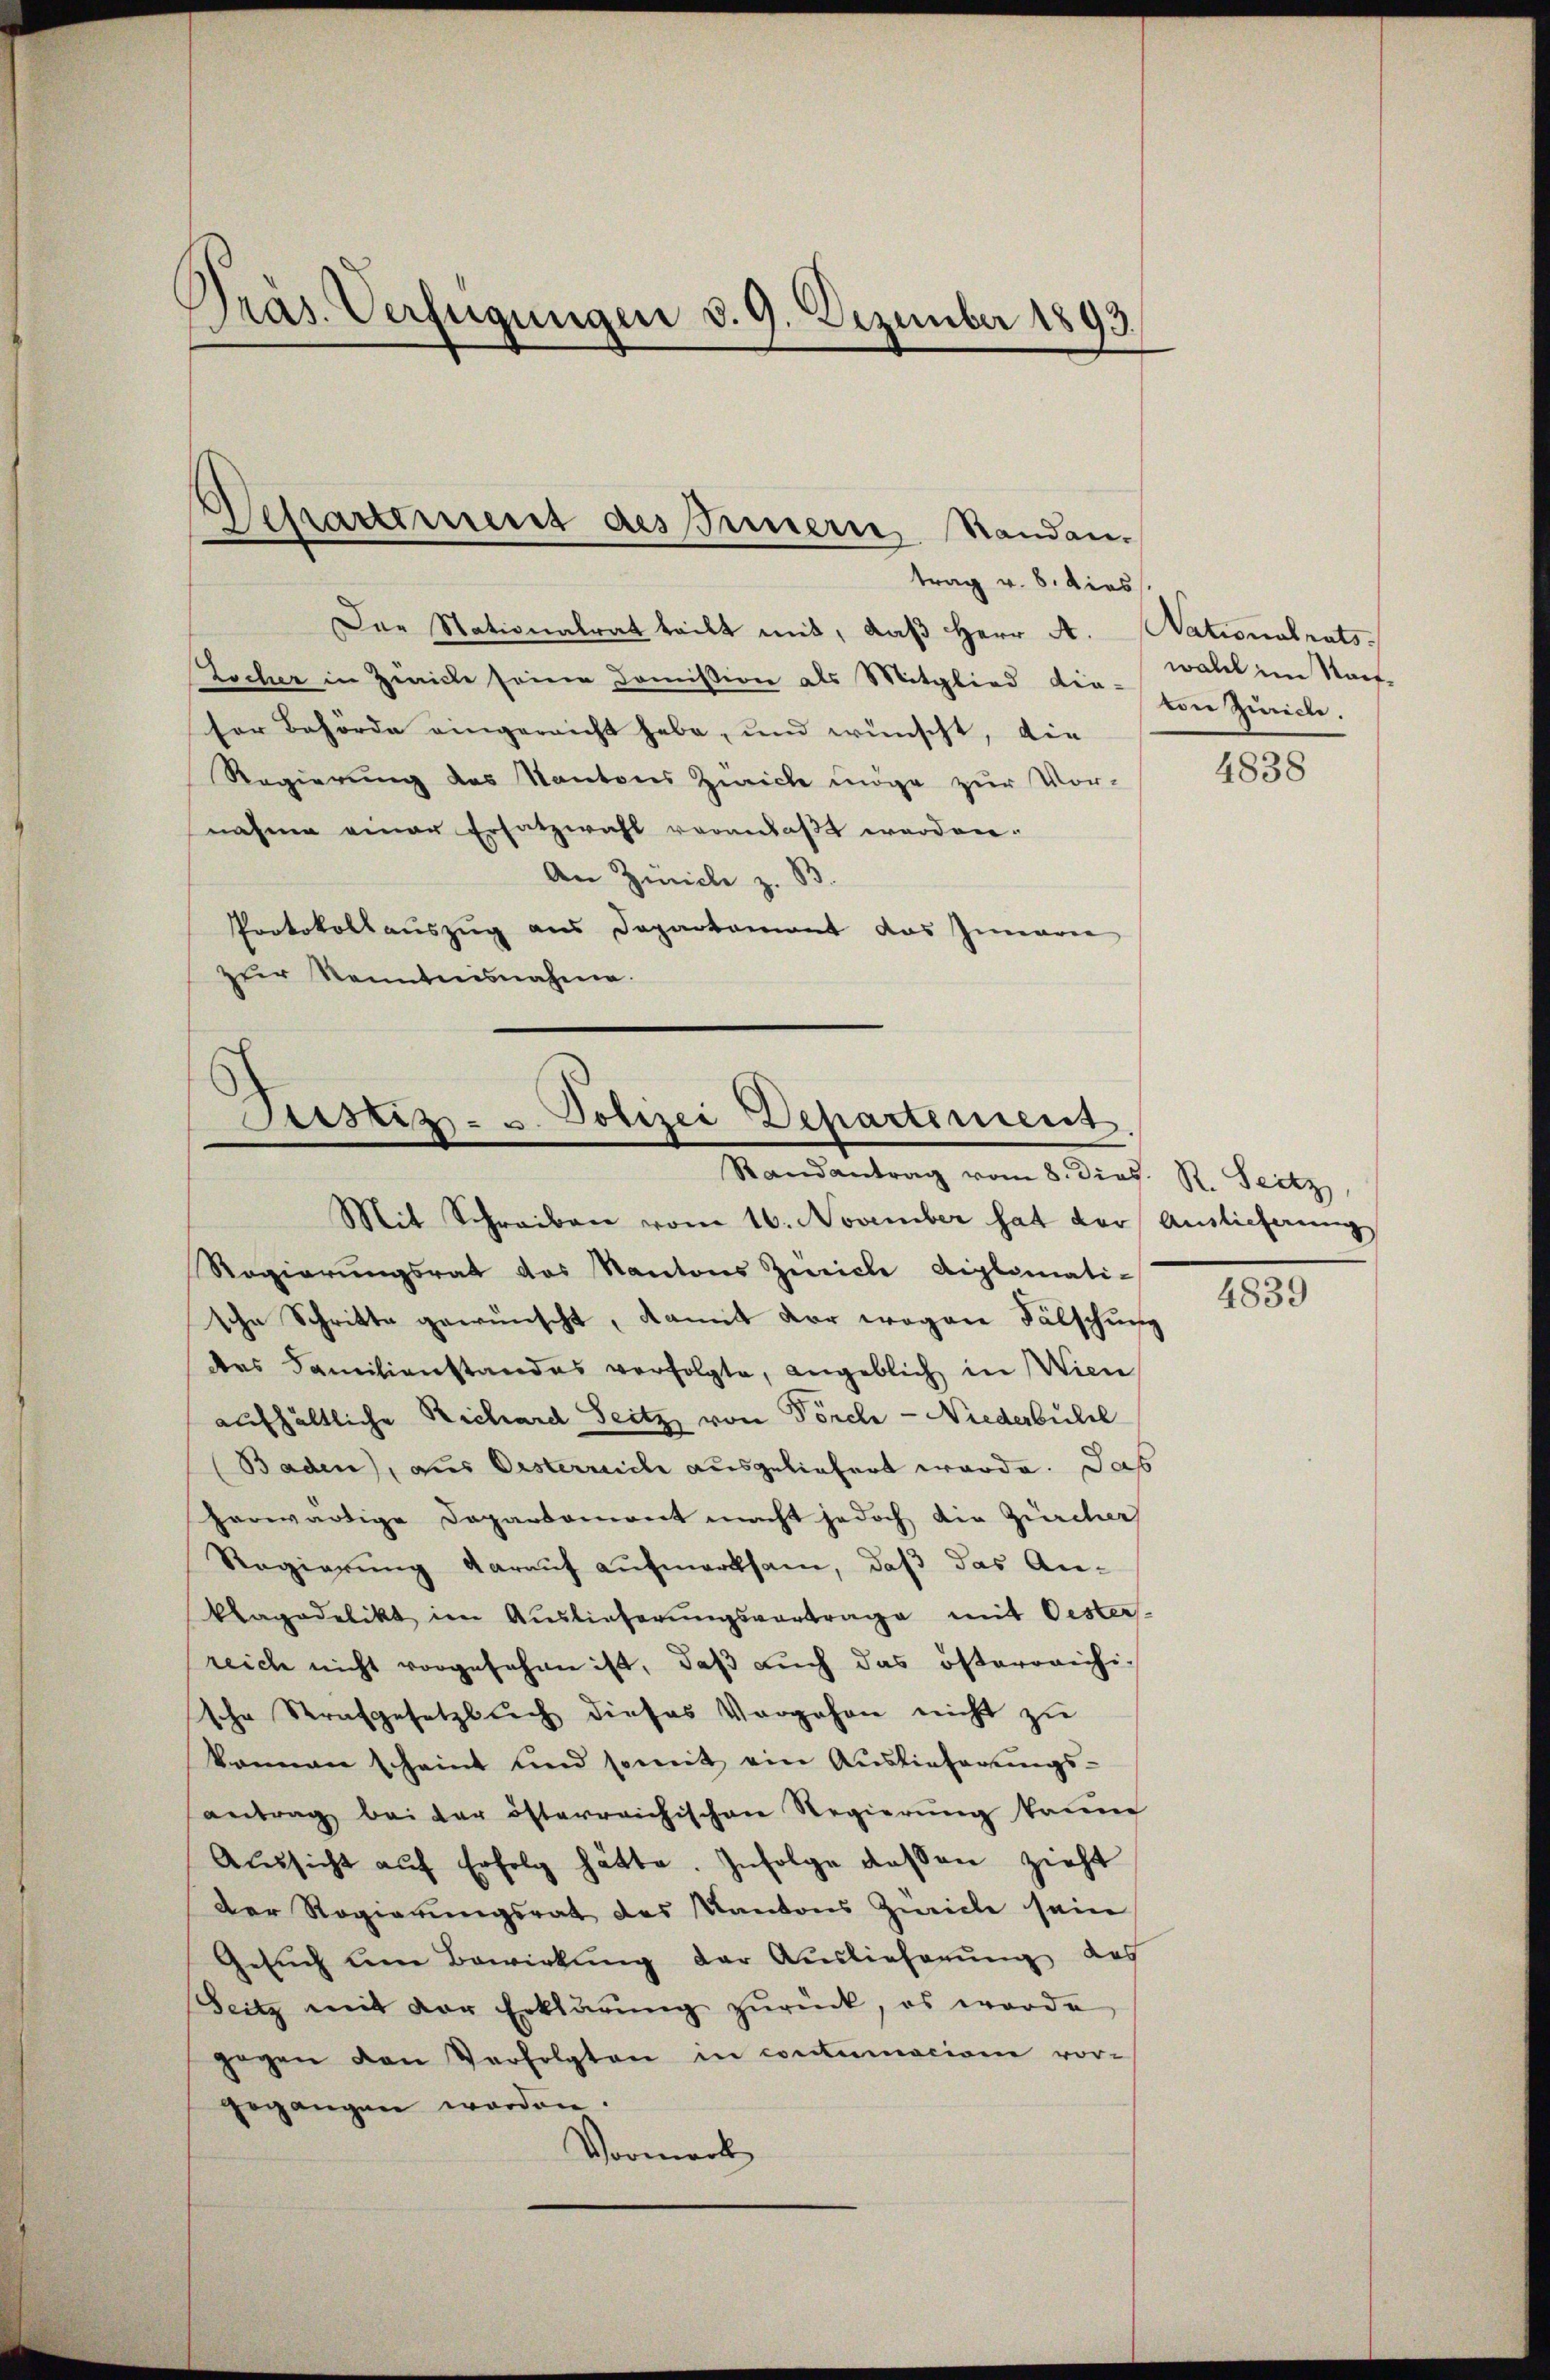
Pras. Verfügungen d. 9. Dezember 1893.

trag v. 8. dies
Der Stationalrat teilt mit, daß Herr A. Nationalrats-
Locher in Zürich seine Koṁission als Mitglied der von Zürich.
ser Behörde eingereicht habe, und wünscht, die
Regierung des Kantons Zürich möge zur Vor-
nahme einer Ersatzwahl veranlaßt worden.
An Züricle z. B.
Protokollauszug aus Departement das Immarie
zur Kenntnisnahme.

Separtement des Innern Standen.

Justiz- u. Polizei Departement.
Randantrag vom 8. dies. R. Seitz
Mit Schreiben vom 16. November hat der Auslieferung

Regierŭngsrat des Kantons Zürich diplomati-
sche Schritte gewünscht, damit der wogene Fälschung
des Familienstandes verfolgte, angeblich in Wien,
aufhältliche Richard Seitz von Pörche - Niederbule
Baden), aus Oesterreiche ausgeliefert werde. Das
herwärtige Departemont macht jedoch die Zürcher
Regierung darauf aufmerksam, daß das An-
Plagadelikt im Auslieferŭngsvortrage mit Oester-
reich nicht vorgesehen ist, daß auch das österreichi
sche Strafgesetzbuch dieses Vorgehen nicht zu
können scheint und somit ein Auslieferungs-
antrag bei der österreichischen Regierŭng kaum
Aŭssicht aŭf Erfolg hätte. Infolge dassen zieht
Der Regierungsrat des Kantons Zürich sein
Gesŭch um Bewirkung der Auslieferŭng des
Seitz mit der Erklärŭng zŭrück, es werde
gegen den Verfolgten in contumacion vor-
gegangen worden.
Vormerk

walch im Kauf¬

4838

4839